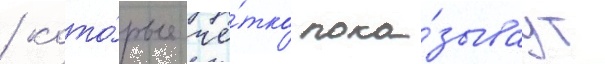
/ кото́рые чё́тко пока́зываут